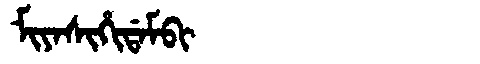
Manchu: ᠮᡳᠶᠠᠰᡳᡥᡳᡩᠠᠮᠪᡳ
Romanization: MIYASIHIDAMBI